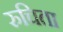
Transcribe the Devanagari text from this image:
रुचिता